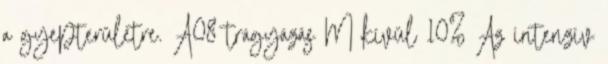
a gyepterületre. A08 trágyázás M kívül 10% Az intenzív